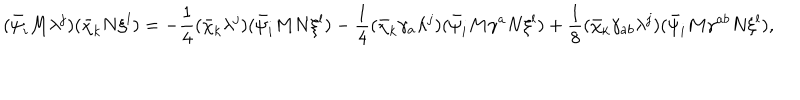
( \bar { \psi } _ { i } M \lambda ^ { j } ) ( \bar { \chi } _ { k } N \xi ^ { l } ) = - \frac { 1 } { 4 } ( \bar { \chi } _ { k } \lambda ^ { j } ) ( \bar { \psi } _ { i } M N \xi ^ { l } ) - \frac { 1 } { 4 } ( \bar { \chi } _ { k } \gamma _ { a } \lambda ^ { j } ) ( \bar { \psi } _ { i } M \gamma ^ { a } N \xi ^ { l } ) + \frac { 1 } { 8 } ( \bar { \chi } _ { k } \gamma _ { a b } \lambda ^ { j } ) ( \bar { \psi } _ { i } M \gamma ^ { a b } N \xi ^ { l } ) ,